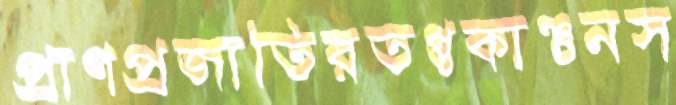
প্রাণপ্রজাতিরতপ্তকাঞ্চনস